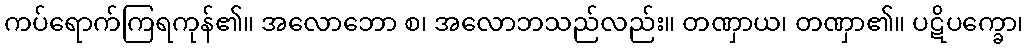
ကပ်ရောက်ကြရကုန်၏။ အလောဘော စ၊ အလောဘသည်လည်း။ တဏှာယ၊ တဏှာ၏။ ပဋိပက္ခော၊